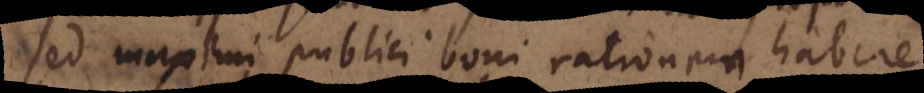
sed maximi publici boni rationem habere